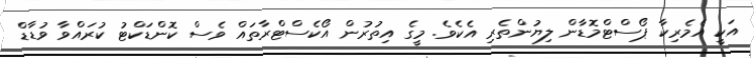
އަކީ އެމެރިކާ ޕޯސްޓްމޮޑާން ލިޔުންތެރި އެކެވެ. މީގެ އިތުރުން އޯކެސްޓްރާތައް ވެސް ކޮންޑަކްޓު ކުރައްވާ ވުޑާޑް